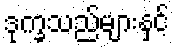
ဒုက္ခသည်များနှင့်